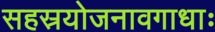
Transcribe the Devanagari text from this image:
सहस्रयोजनावगाधाः